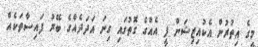
މީގެ އިތުރުން އެކުއިޒިޝަން ފީ އެއްގެ ގޮތުގައި ގިނަ އަދަދެއްގެ ބޭރު ފައިސާތަކެއް